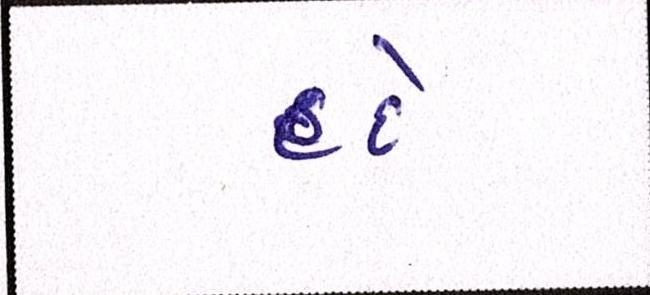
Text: હદે